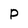
Character: P